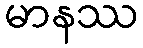
မာနဿ